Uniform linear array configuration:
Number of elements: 64
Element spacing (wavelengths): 0.25
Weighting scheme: uniform
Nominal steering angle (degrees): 45
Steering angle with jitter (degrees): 44.424
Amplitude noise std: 0.05
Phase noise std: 0.05

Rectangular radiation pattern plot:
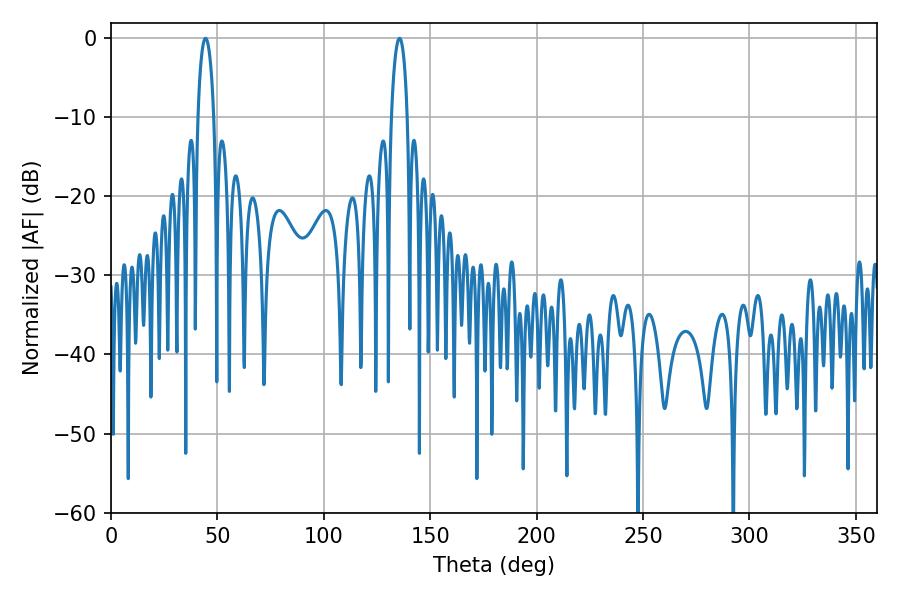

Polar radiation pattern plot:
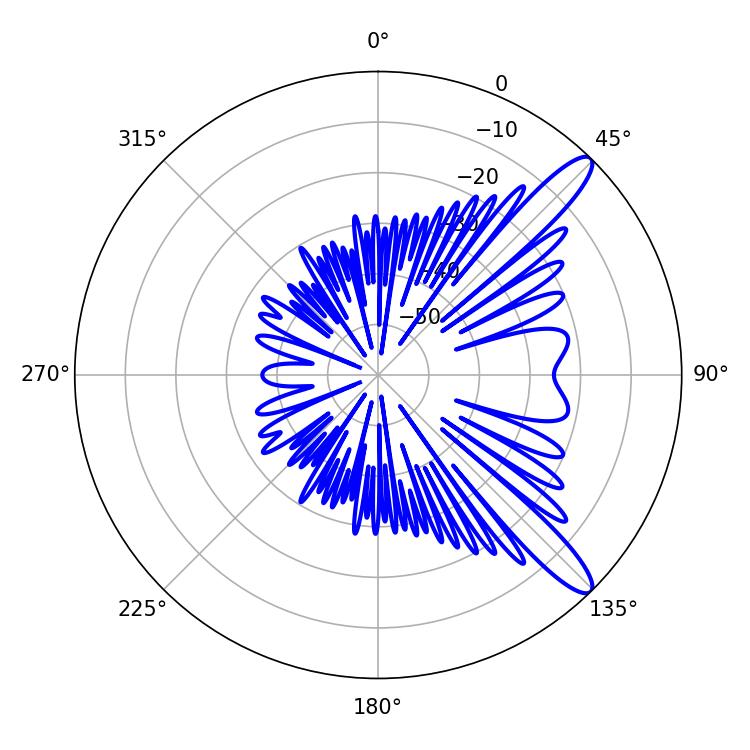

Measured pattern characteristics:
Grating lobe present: FALSE
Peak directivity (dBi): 12.085
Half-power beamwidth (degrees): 4.32
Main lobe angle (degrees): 44.46